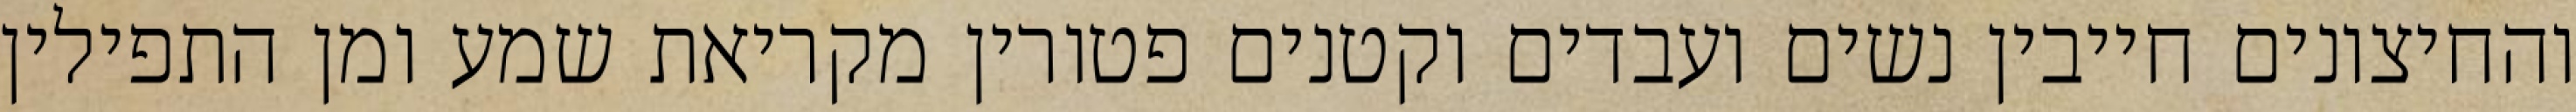
והחיצונים חייבין נשים ועבדים וקטנים פטורין מקריאת שמע ומן התפילין